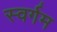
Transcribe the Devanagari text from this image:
स्वर्गम